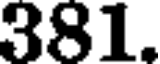
381.